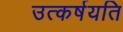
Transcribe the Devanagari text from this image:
उत्कर्षयति